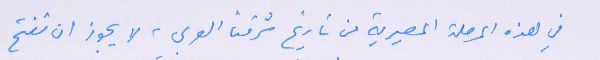
في هذه المرحلة المصيرية من تاريخ شرقنا العربي، لا يجوز ان تفتح